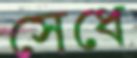
সেধে